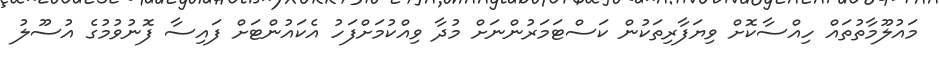
މައުލޫމާތުތައް ހިއްސާކޮށް ވިޔަފާރިތަކުން ކަސްޓަމަރުންނަށް މުދާ ވިއްކުމަށްފަހު އެކައުންޓަށް ފައިސާ ފޮނުވުމުގެ އުސޫލު